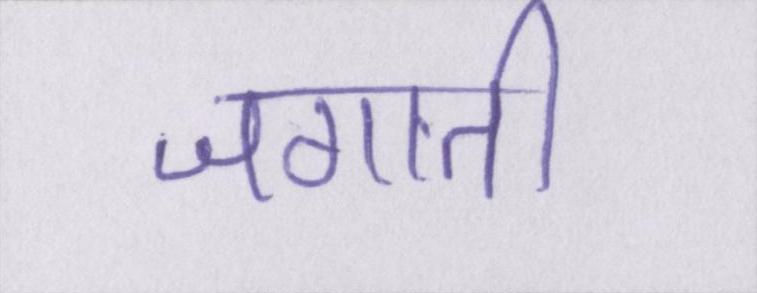
जगाती